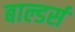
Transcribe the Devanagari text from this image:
बाल्डर्स